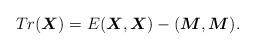
LaTeX: \begin{align*}Tr(\boldsymbol{X})=E(\boldsymbol{X},\boldsymbol{X})-(\boldsymbol{M},\boldsymbol{M}).\end{align*}